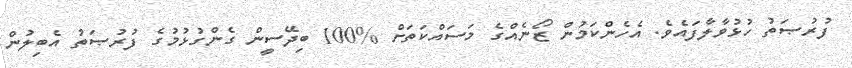
ފުރުޞަތު ހުޅުވާލާފައެވެ. އެހެންކަމުން ޒޯނެއްގެ މަސައްކަތަށް %100 ބިދޭސީން ގެންގުޅުމުގެ ފުރުޞަތު އެބިލުން